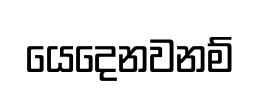
යෙදෙනවනම්